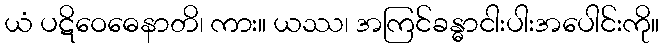
ယံ ပဋိဝေဓေနာတိ၊ ကား။ ယဿ၊ အကြင်ခန္ဓာငါးပါးအပေါင်းကို။